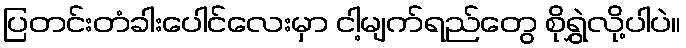
ပြတင်းတံခါးပေါင်လေးမှာ ငါ့မျက်ရည်တွေ စိုရွှဲလို့ပါပဲ။